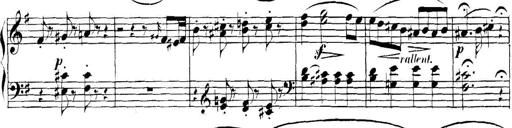
Title: Collected Piano Sonatas
Composer: Muzio Clementi